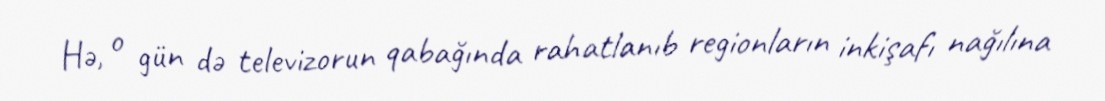
Hə, o gün də televizorun qabağında rahatlanıb regionların inkişafı nağılına